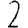
Digit: 2